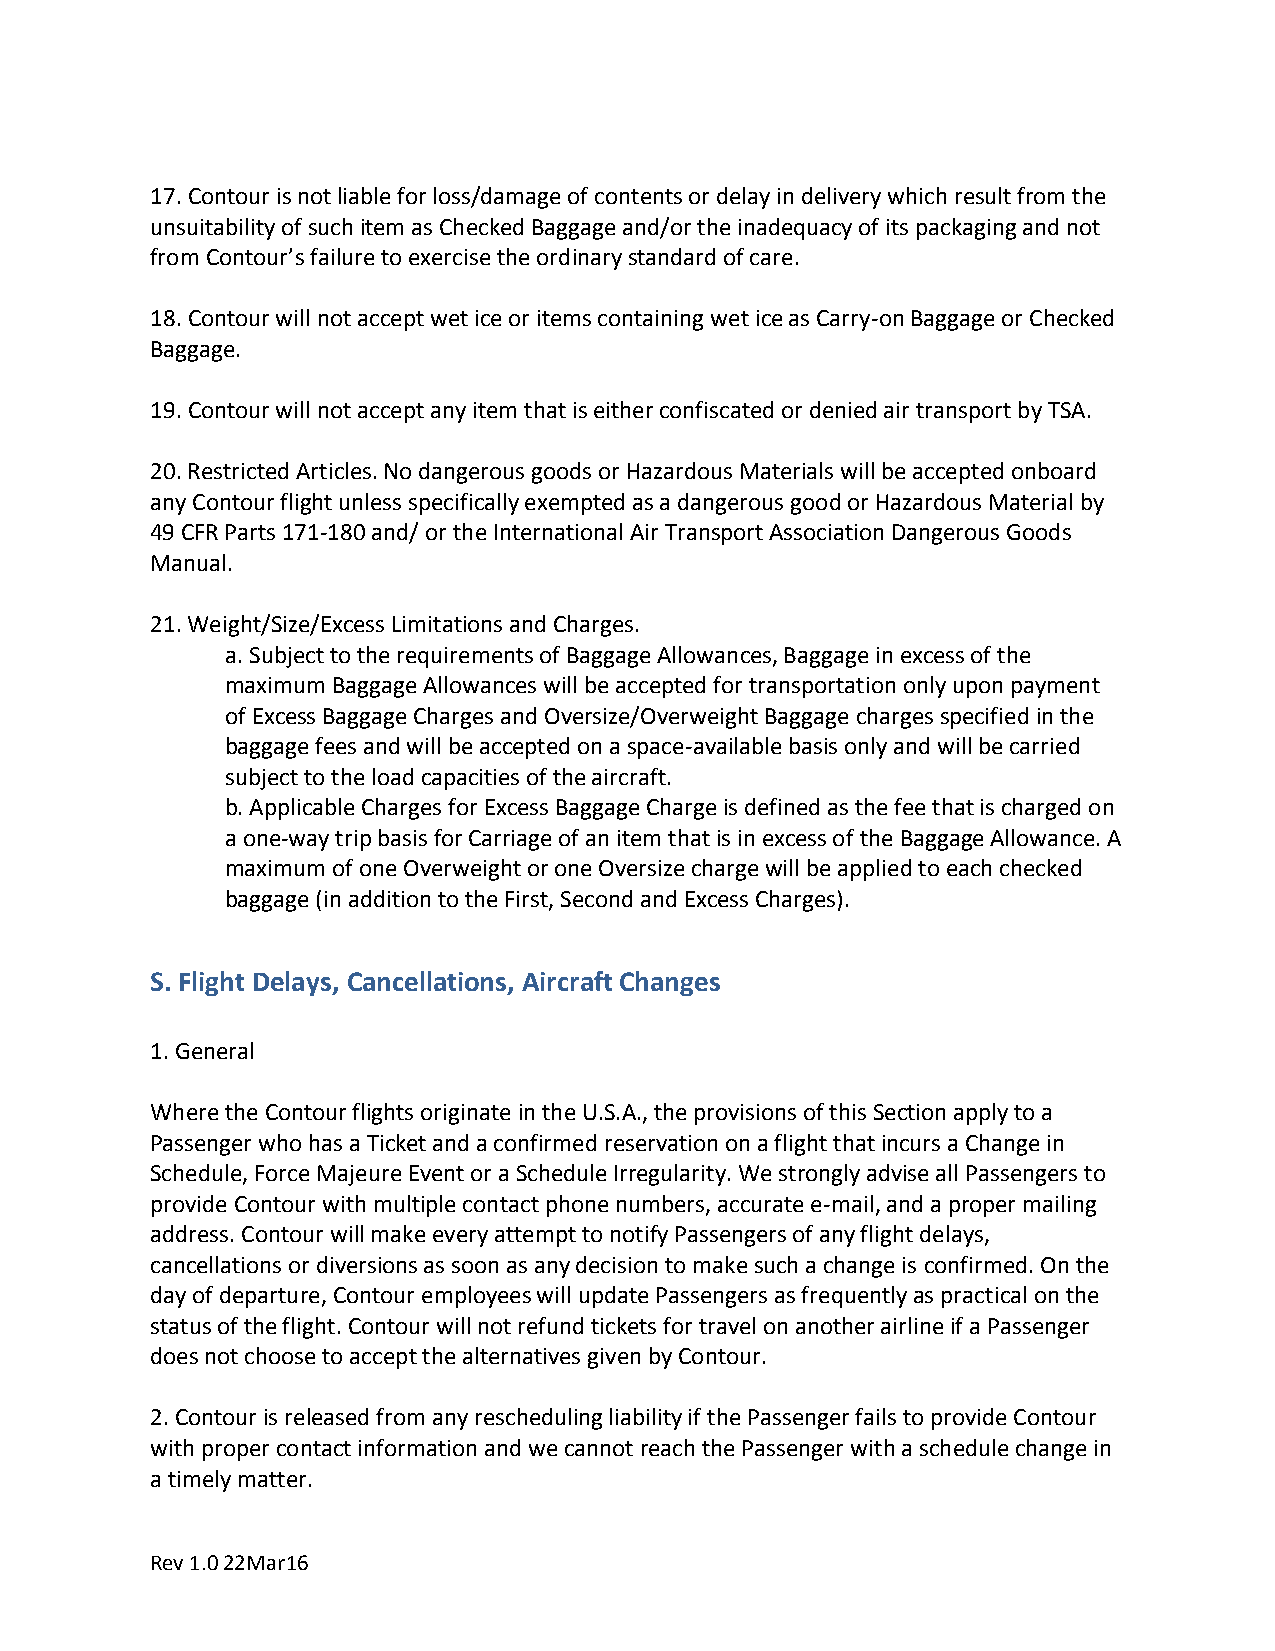
17.Contour is not liable for loss/damage of contents or delay in delivery which result from the
 unsuitability of such item as Checked Baggage and/or the inadequacy of its packaging and not
 from Contour’s failure to exercise the ordinary standard of care.
 18.Contour will not accept wet ice or items containing wet ice as Carry-on Baggage or Checked
 Baggage.
 19.Contour will not accept any item that is either confiscated or denied air transport by TSA.
 20.Restricted Articles. No dangerous goods or Hazardous Materials will be accepted onboard
 any Contour flight unless specifically exempted as a dangerous good or Hazardous Material by
 49 CFR Parts 171-180 and/ or the International Air Transport Association Dangerous Goods
 Manual.
 21.Weight/Size/Excess Limitations and Charges.
 a.Subject to the requirements of Baggage Allowances, Baggage in excess of the
 maximum Baggage Allowances will be accepted for transportation only upon payment
 of Excess Baggage Charges and Oversize/Overweight Baggage charges specified in the
 baggage fees and will be accepted on a space-available basis only and will be carried
 subject to the load capacities of the aircraft.
 b.Applicable Charges for Excess Baggage Charge is defined as the fee that is charged on
 a one-way trip basis for Carriage of an item that is in excess of the Baggage Allowance. A
 maximum of one Overweight or one Oversize charge will be applied to each checked
 baggage (in addition to the First, Second and Excess Charges).
 S. Flight Delays, Cancellations, Aircraft Changes
 1.General
 Where the Contour flights originate in the U.S.A., the provisions of this Section apply to a
 Passenger who has a Ticket and a confirmed reservation on a flight that incurs a Change in
 Schedule, Force Majeure Event or a Schedule Irregularity. We strongly advise all Passengers to
 provide Contour with multiple contact phone numbers, accurate e-mail, and a proper mailing
 address. Contour will make every attempt to notify Passengers of any flight delays,
 cancellations or diversions as soon as any decision to make such a change is confirmed. On the
 day of departure, Contour employees will update Passengers as frequently as practical on the
 status of the flight. Contour will not refund tickets for travel on another airline if a Passenger
 does not choose to accept the alternatives given by Contour.
 2.Contour is released from any rescheduling liability if the Passenger fails to provide Contour
 with proper contact information and we cannot reach the Passenger with a schedule change in
 a timely matter.
 Rev 1.0 22Mar16